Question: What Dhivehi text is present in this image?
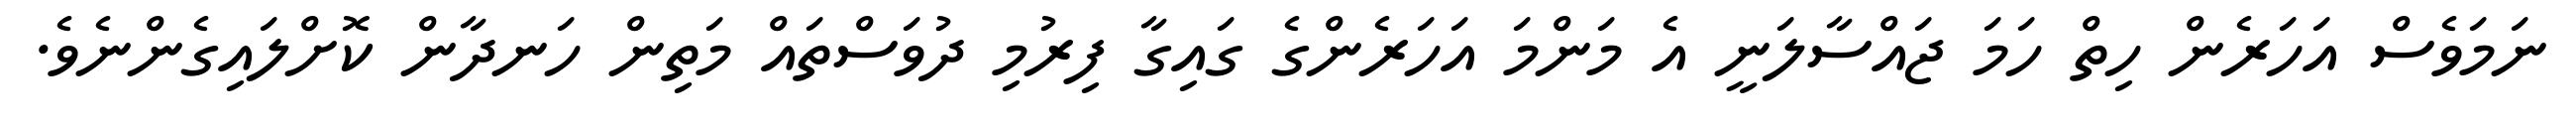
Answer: ނަމަވެސް އަހަރެން ހިތް ހަމަ ޖައްސާލަނީ އެ މަންމަ އަހަރެންގެ ގައިގާ ފިރުމި ދުވަސްތައް މަތިން ހަނދާން ކޮށްލައިގެންނެވެ.